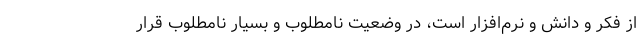
از فكر و دانش و نرم‌افزار است، در وضعيت نامطلوب و بسيار نامطلوب قرار